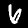
Digit: 6